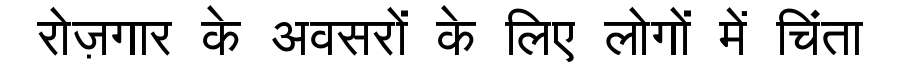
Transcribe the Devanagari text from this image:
रोज़गार के अवसरों के लिए लोगों में चिंता